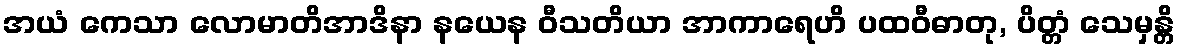
အယံ ကေသာ လောမာတိအာဒိနာ နယေန ဝီသတိယာ အာကာရေဟိ ပထဝီဓာတု, ပိတ္တံ သေမှန္တိ